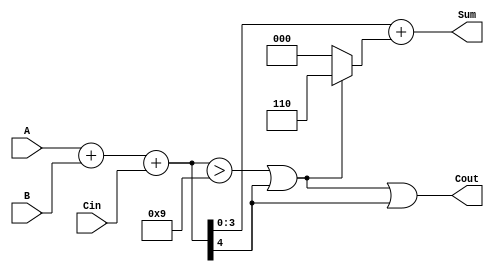
module BCD_Fast_Adder (
    input  wire [3:0] A,      // BCD input A
    input  wire [3:0] B,      // BCD input B
    input  wire Cin,          // Carry-in
    output wire [3:0] Sum,    // BCD output Sum
    output wire Cout          // Carry-out
);

    wire [4:0] TempSum;       // Temporary sum (5 bits to accommodate carry)
    wire [4:0] CorrectedSum;  // Corrected sum after BCD adjustment
    wire CorrectionNeeded;     // Flag to indicate if correction is needed

    // Step 1: Perform binary addition
    assign TempSum = A + B + Cin;

    // Step 2: Determine if correction is needed
    assign CorrectionNeeded = (TempSum > 9) || (TempSum[4] == 1);

    // Step 3: Correct the sum if necessary
    assign CorrectedSum = TempSum + (CorrectionNeeded ? 5'd6 : 5'd0);

    // Final outputs
    assign Sum = CorrectedSum[3:0]; // Take the lower 4 bits as the BCD result
    assign Cout = CorrectionNeeded || TempSum[4]; // Carry-out if correction was needed or if there was an initial carry-out

endmodule